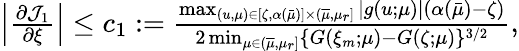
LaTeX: \begin{array}{r}{\left|\frac{\partial{\mathcal J}_{1}}{\partial\xi}\right|\leq c_{1}:=\frac{\operatorname*{max}_{(u,\mu)\in[\zeta,\alpha(\bar{\mu})]\times(\overline{{\mu}},\mu_{r}]}|g(u;\mu)|(\alpha(\bar{\mu})-\zeta)}{2\operatorname*{min}_{\mu\in(\overline{{\mu}},\mu_{r}]}\{ G(\xi_{m};\mu)-G(\zeta;\mu)\} ^{3/2}},}\end{array}